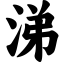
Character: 涕